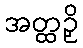
အတ္ထဉှိ